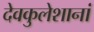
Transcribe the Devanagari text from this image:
देवकुलेशानां